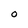
Character: O